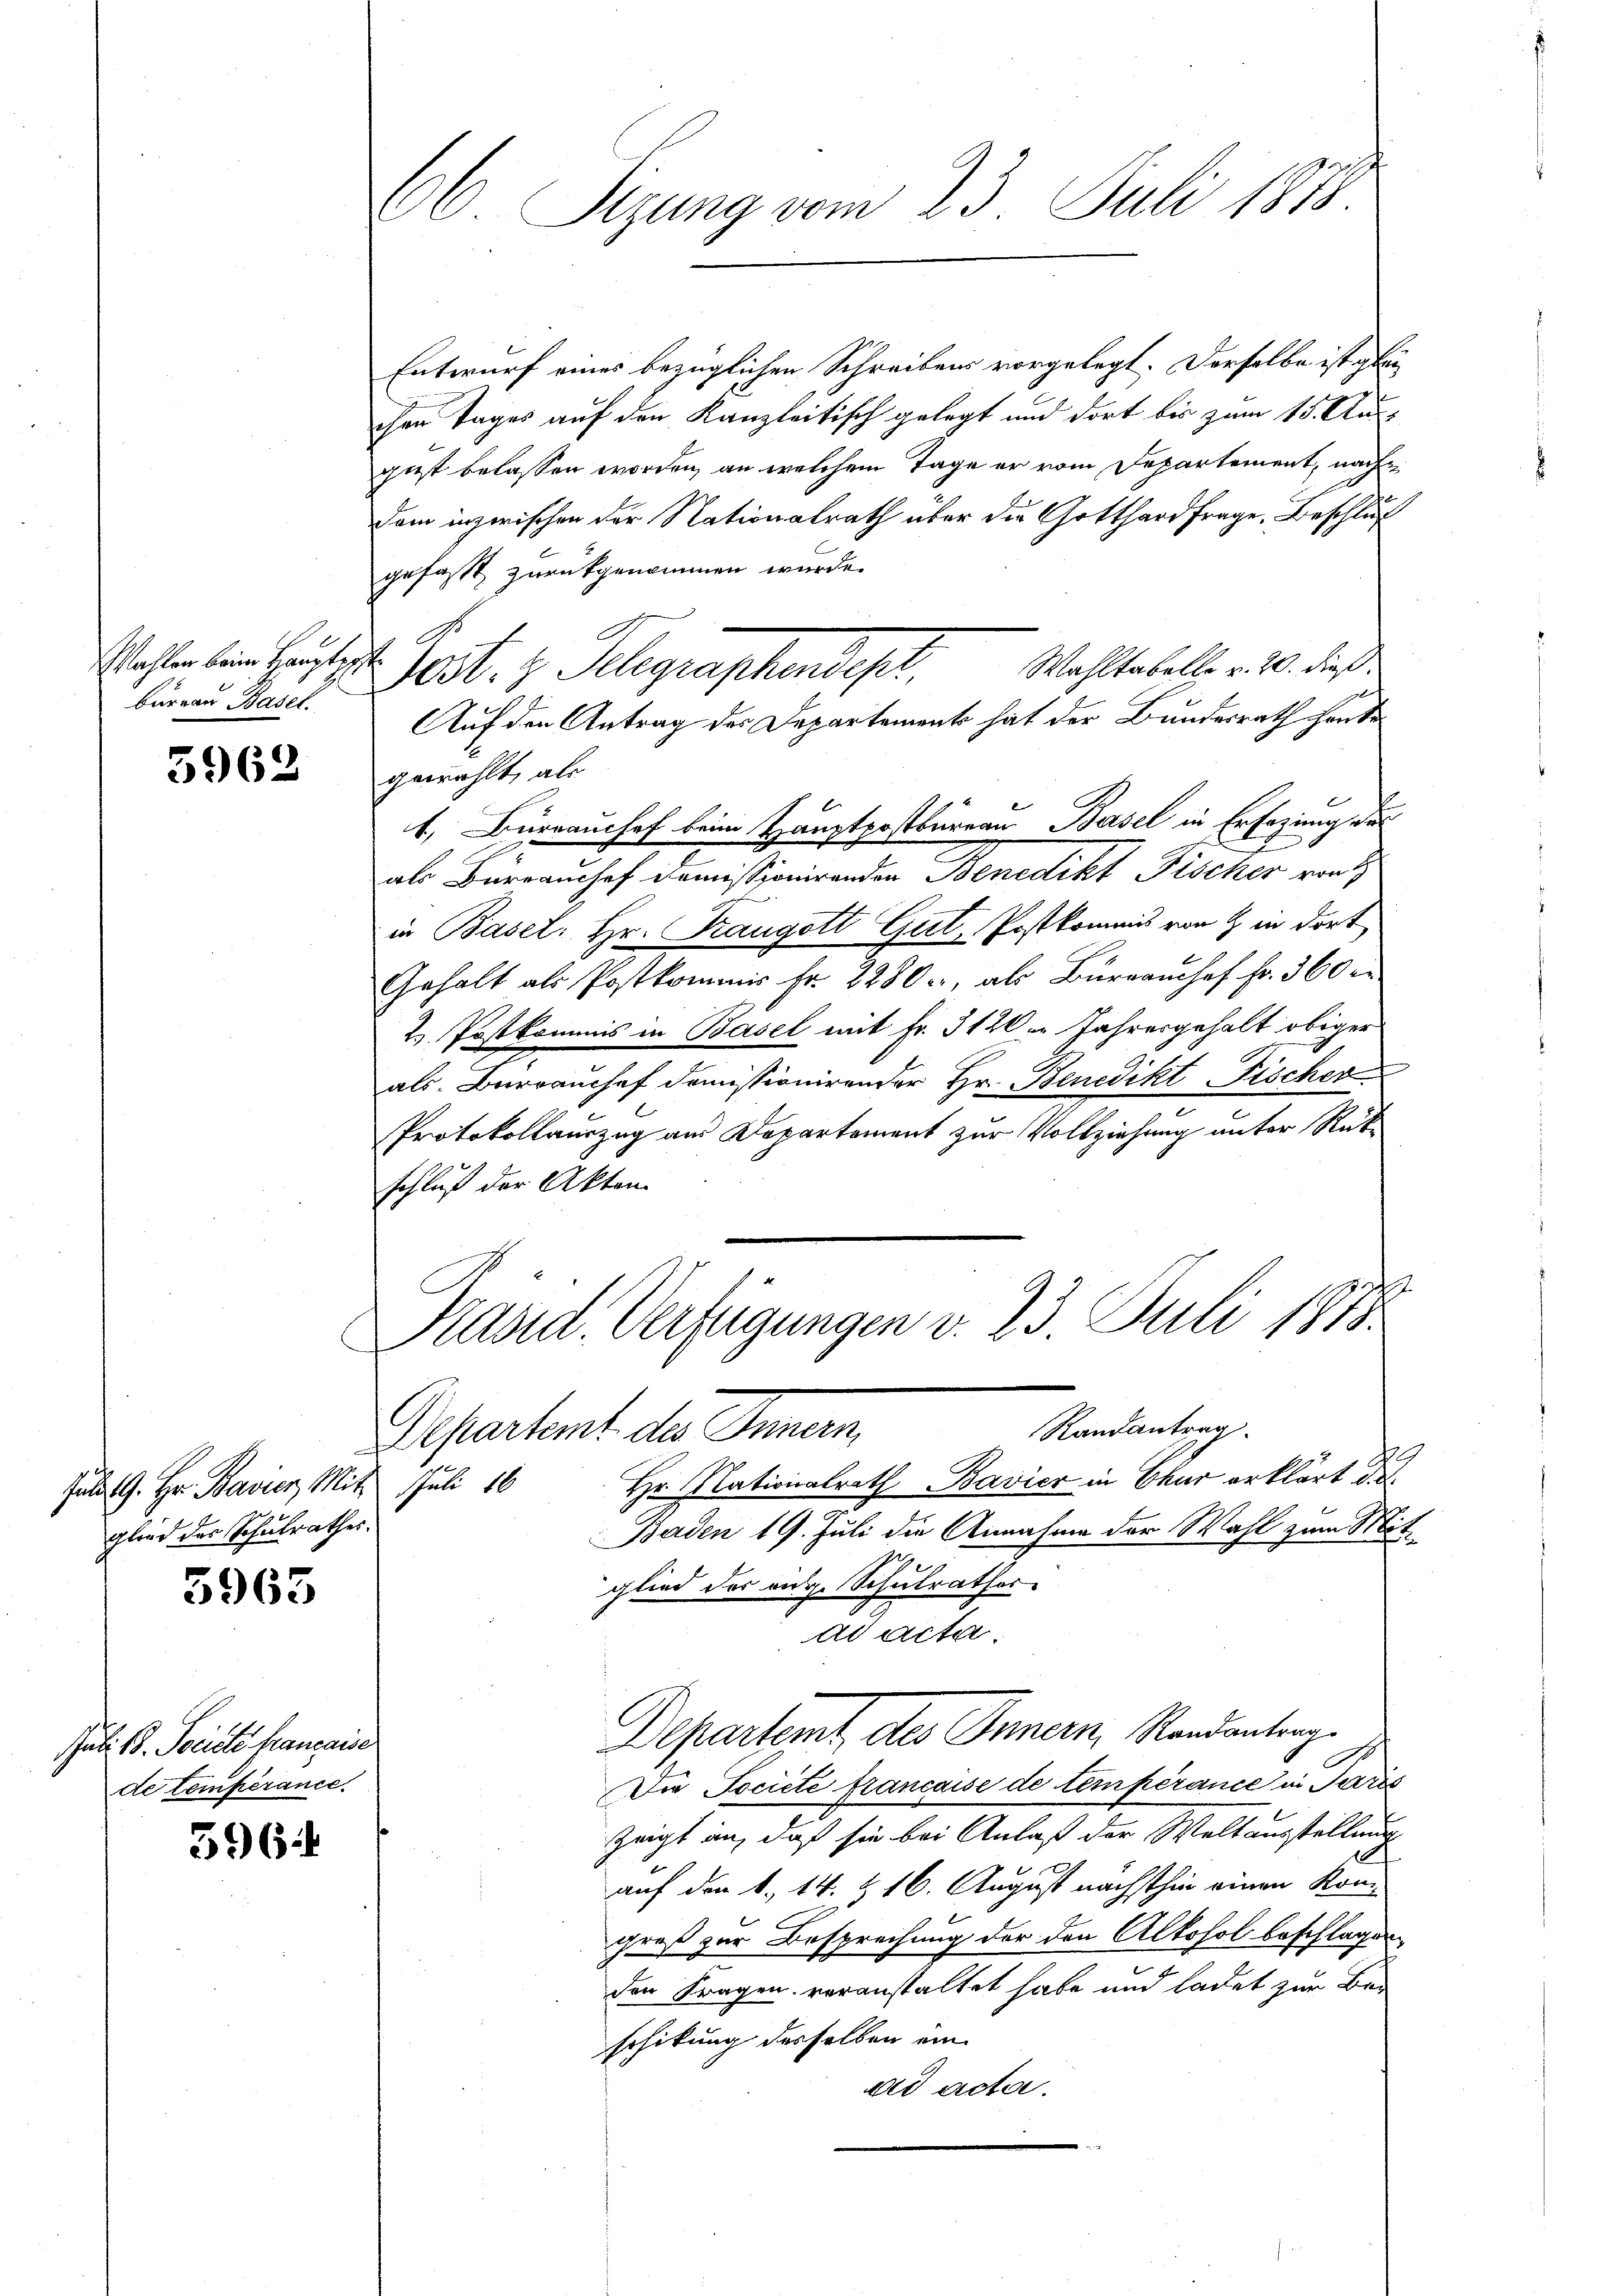
Wahlen beim Hauptgeste
bureau Basel.

3963

Jula G. Hr. Bavier Mit Juli 16
glied der Schulrathes.

3963

Juli 18. Feriete Haupaiser
de temperance.

596

66 Sizung vom 23. Juli 1818

Entwurf eines bezüglichen Schreibens vorgelegt. Derselbe ist gleiihre Tages auf den Kanzleitisch gelegt und dort bis zum 15. Au
get belassen worden, an welchem Tage er vom Departement, nach
dem inzwischen der Nationalrath über die Gotthardfrage. Beschluß
gefast zurückgenommen wurde.
Wahltabelle v. 20. dieß.
Auf den Antrag der Departement hat der Bundesrath heute
gewählt, als
1. Büreaushof beim Hauptpostbureau Basel in Erfazung des
als Büreamhof domissionirenden Benedikt Fischer rech
in Basel. Hr. Fraugott Gut, Postkommnis von 9 in dort
Gehalt als Postkommis Fr. 2280, als Büreanhof fr. 360 er
2. Postkommis in Basel mit Fr. 3120 in Jahresgehalt obiger
als Burrauchef demissionirender Hr. Benedikt Fischer
Protokollauszug aus Departement zur Vollziehung unter Rükschluß der Akten.
Präsid. Verfügungen v. 23 Juli 1878
u
Randantrag
Departemt des Innern,
Hr. Nationalrath Bavier in Chur erklärt des
Baden 19. Juli die Annahme der Wahl zum Mitglied des ange Schulrathes
ad acta.
Departemt des Innern, Randantrag.
Die Societe francaise de temperance in Terris
zeigt an, daß sie bei Anlaß der Weltausstellung
.
auf den 1. 14. & 16. August nächsthin einen Kon-
groß zur Besprechung der den Alkohol beschlagen
den Fragen veranstaltet habe und ladet zur Bei
schikung derselben ein
ad acta.

es. z. Gelegraphentest,